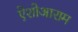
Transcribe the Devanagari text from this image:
ऐशोआराम